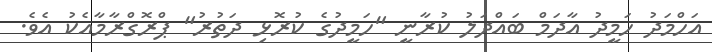
އަހްމަދު ހަމީދު އާދަމް ބައްދަލު ކުރާނީ "ހަމީދުގެ ކުރޮޅި ދަތުރު" ޕްރޮގްރާމާއެކު އެވެ.